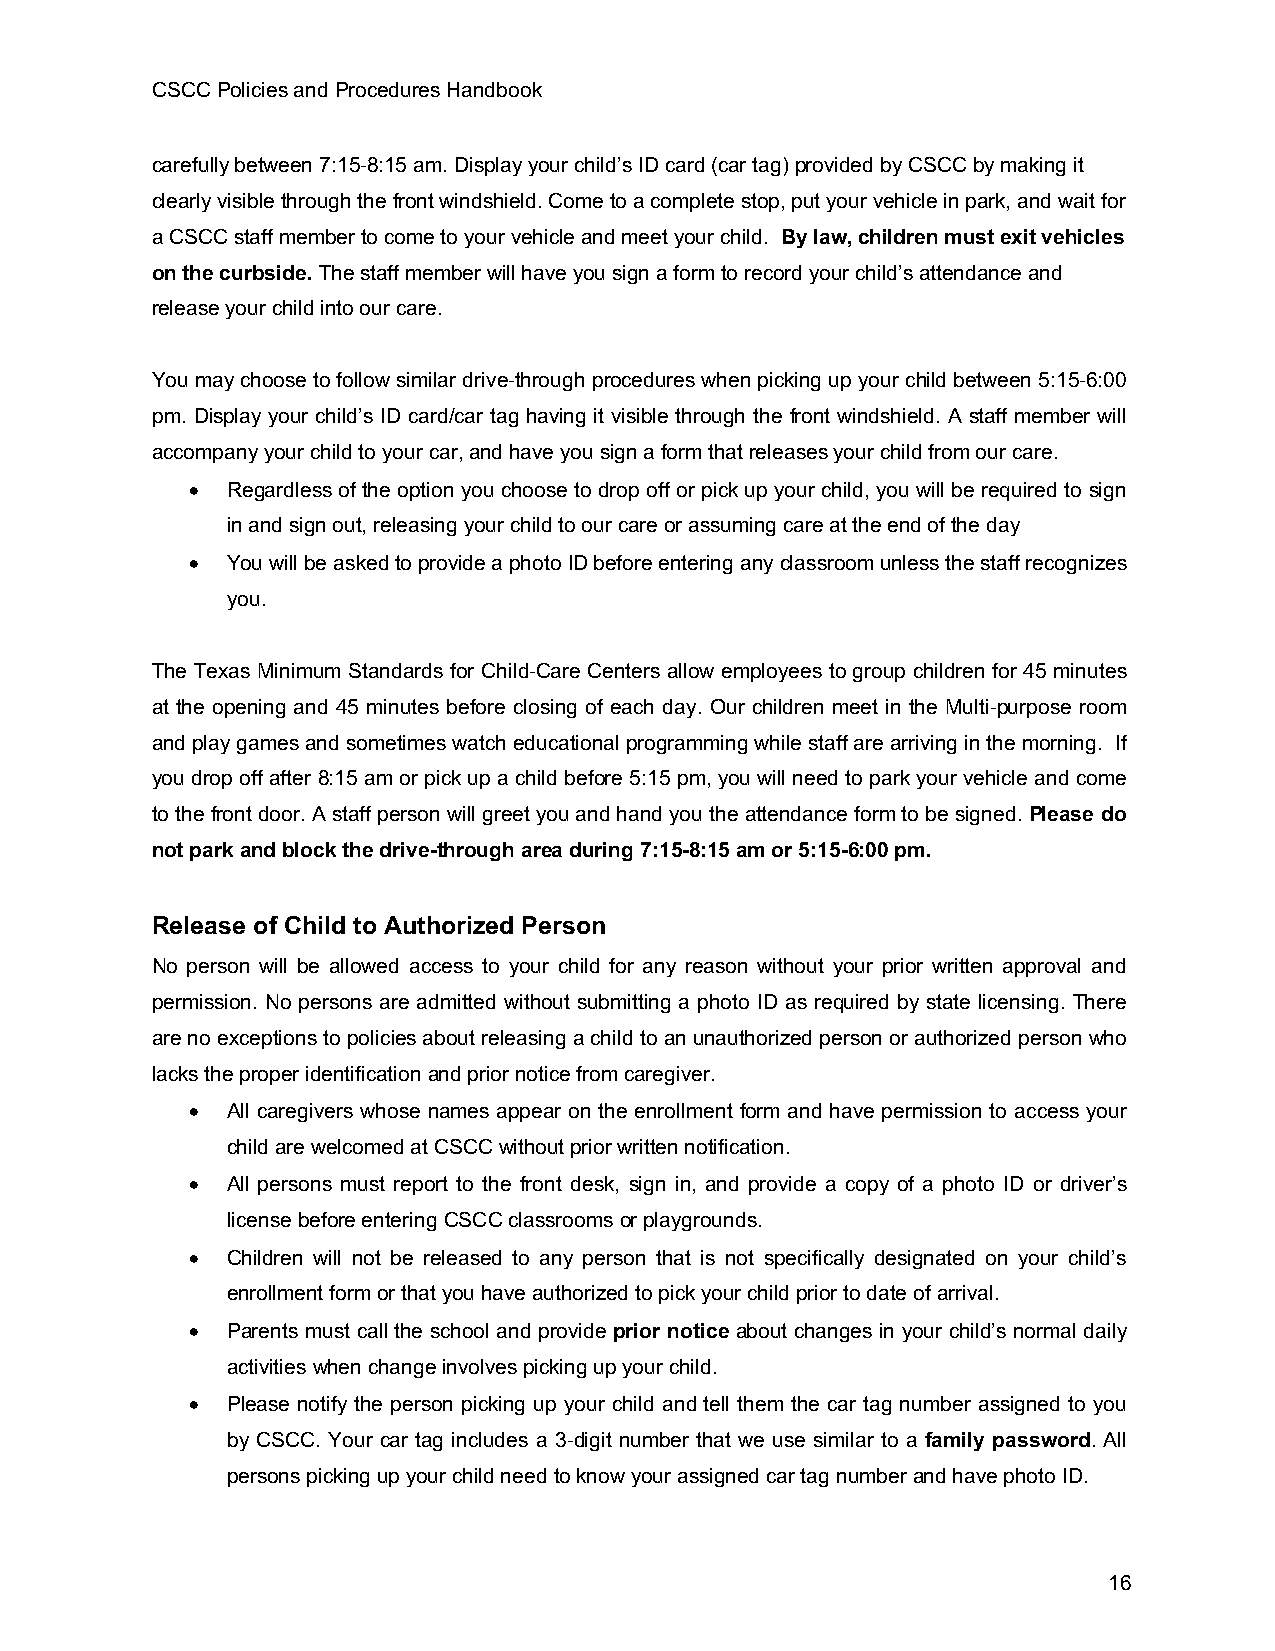
CSCC Policies and Procedures Handbook
 carefully between 7:15-8:15 am. Display your child’s ID card (car tag) provided by CSCC by making it
 clearly visible through the front windshield. Come to a complete stop, put your vehicle in park, and wait for
 a CSCC staff member to come to your vehicle and meet your child. By law, children must exit vehicles
 on the curbside. The staff member will have you sign a form to record your child’s attendance and
 release your child into our care.
 You may choose to follow similar drive-through procedures when picking up your child between 5:15-6:00
 pm. Display your child’s ID card/car tag having it visible through the front windshield. A staff member will
 accompany your child to your car, and have you sign a form that releases your child from our care.
 • Regardless of the option you choose to drop off or pick up your child, you will be required to sign
 in and sign out, releasing your child to our care or assuming care at the end of the day
 • You will be asked to provide a photo ID before entering any classroom unless the staff recognizes
 you.
 The Texas Minimum Standards for Child-Care Centers allow employees to group children for 45 minutes
 at the opening and 45 minutes before closing of each day. Our children meet in the Multi-purpose room
 and play games and sometimes watch educational programming while staff are arriving in the morning. If
 you drop off after 8:15 am or pick up a child before 5:15 pm, you will need to park your vehicle and come
 to the front door. A staff person will greet you and hand you the attendance form to be signed. Please do
 not park and block the drive-through area during 7:15-8:15 am or 5:15-6:00 pm.
 Release of Child to Authorized Person
 No person will be allowed access to your child for any reason without your prior written approval and
 permission. No persons are admitted without submitting a photo ID as required by state licensing. There
 are no exceptions to policies about releasing a child to an unauthorized person or authorized person who
 lacks the proper identification and prior notice from caregiver.
 • All caregivers whose names appear on the enrollment form and have permission to access your
 child are welcomed at CSCC without prior written notification.
 • All persons must report to the front desk, sign in, and provide a copy of a photo ID or driver’s
 license before entering CSCC classrooms or playgrounds.
 • Children will not be released to any person that is not specifically designated on your child’s
 enrollment form or that you have authorized to pick your child prior to date of arrival.
 • Parents must call the school and provide prior notice about changes in your child’s normal daily
 activities when change involves picking up your child.
 • Please notify the person picking up your child and tell them the car tag number assigned to you
 by CSCC. Your car tag includes a 3-digit number that we use similar to a family password. All
 persons picking up your child need to know your assigned car tag number and have photo ID.
 16